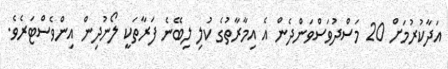
އަދާކުރުމަށް 20 މަސްދުވަސްވަންދެން އެ އިމާރާތުގެ ކުލި ލިބޭނެ ފަރާތަކީ ލޯނުދިން އިންވެސްޓަރެވެ.